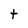
Character: t